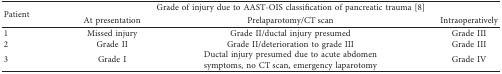
| <ROWSPAN=2> Patient | <COLSPAN=3> Grade of injury due to AAST-OIS classification of pancreatic trauma [8] |
 | At presentation | Prelaparotomy/CT scan | Intraoperatively |
 | --- | --- | --- | --- |
 | 1 | Missed injury | Grade II/ductal injury presumed | Grade III |
 | 2 | Grade II | Grade II/deterioration to grade III | Grade III |
 | 3 | Grade I | Ductal injury presumed due to acute abdomen symptoms, no CT scan, emergency laparotomy | Grade IV |